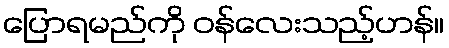
ပြောရမည်ကို ဝန်လေးသည့်ဟန်။